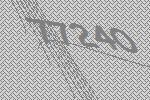
77240